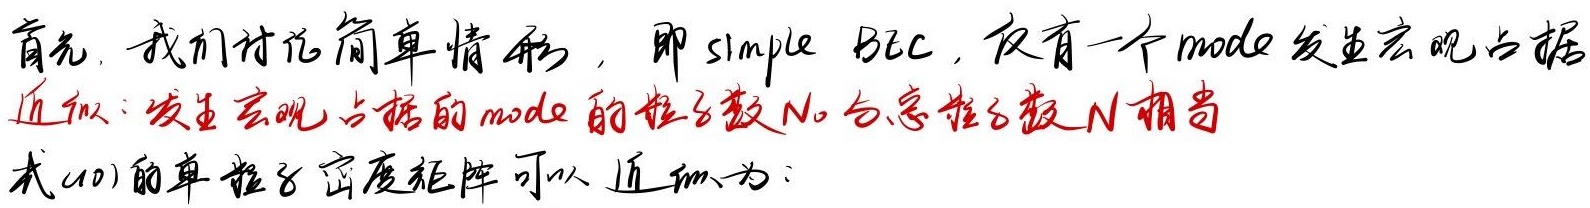
首先，我们讨论简单情形，即 simple BEC，仅有一个 mode 发生宏观占据。近似：发生宏观占据的 mode 的粒子数 \(N_0\) 与总粒子数 \(N\) 相当。式(10)的单粒子密度矩阵可以近似为：